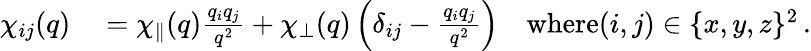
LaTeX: \begin{array}{rl}{\chi_{ij}(q)}&{{}=\chi_{\parallel}(q)\frac{q_{i}q_{j}}{q^{2}}+\chi_{\perp}(q)\left(\delta_{ij}-\frac{q_{i}q_{j}}{q^{2}}\right)\quad\textrm{where}(i,j)\in\{ x,y,z\} ^{2}\, .}\end{array}